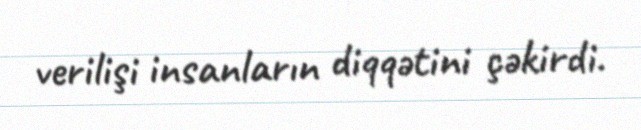
verilişi insanların diqqətini çəkirdi.